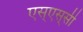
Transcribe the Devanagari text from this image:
एस्‌एस्‌सी